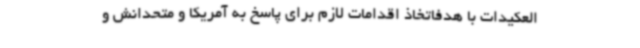
العکیدات با هدفاتخاذ اقدامات لازم برای پاسخ به آمریکا و متحدانش و